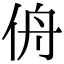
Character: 侜